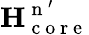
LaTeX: \mathbf{H}_{\mathrm{~c~o~r~e~}}^{\mathrm{~n~}^{\prime}}